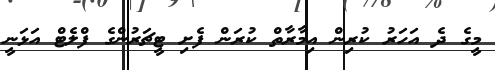
މީގެ ދެ އަހަރު ކުރިން އިމާރާތް ކުރަން ފެށި ޓީޗަރުންގެ ފްލެޓް އަޅަނީ